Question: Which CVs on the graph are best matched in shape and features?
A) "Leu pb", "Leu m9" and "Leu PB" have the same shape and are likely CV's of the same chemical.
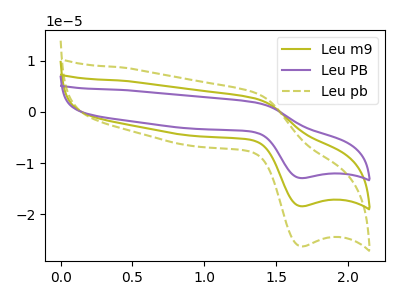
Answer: <think>The olive curve "Leu m9" has an anodic peak at (1.35V, 2.60uA) and a cathodic peak at (1.65V, -18.45uA). The purple curve "Leu PB" has an anodic peak at (1.35V, 5.20uA) and a cathodic peak at (1.65V, -36.85uA). The olive dashed curve "Leu pb" has an anodic peak at (1.35V, 3.70uA) and a cathodic peak at (1.65V, -26.25uA).
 All the peaks in "Leu m9" have a peak in "Leu PB" at the same potential. Every peak in "Leu m9" is lower than every peak in "Leu PB". All the peaks in "Leu m9" have a peak in "Leu pb" at the same potential. Every peak in "Leu m9" is lower than every peak in "Leu pb". All the peaks in "Leu PB" have a peak in "Leu pb" at the same potential. Every peak in "Leu PB" is higher than every peak in "Leu pb".</think>
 <answer>A) "Leu pb", "Leu m9" and "Leu PB" have the same shape and are likely CV's of the same chemical.</answer>
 <eval>A</eval>